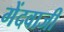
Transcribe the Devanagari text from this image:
गेंदवाजी